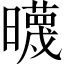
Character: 𣋻